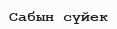
Сабын сүйек